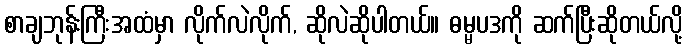
စာချဘုန်းကြီးအထံမှာ လိုက်လဲလိုက်, ဆိုလဲဆိုပါတယ်။ ဓမ္မပဒကို ဆက်ပြီးဆိုတယ်လို့